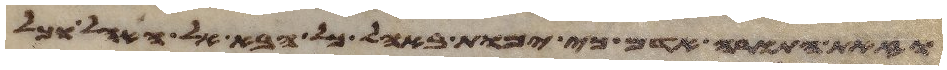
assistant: וזאת התורה אדם כי ימות באהל כל הבא אל האהל וכל